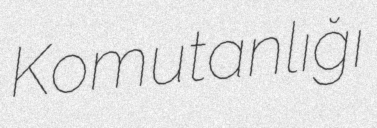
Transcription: Komutanlığı